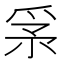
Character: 𤔍